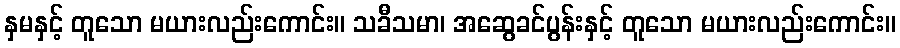
နှမနှင့် တူသော မယားလည်းကောင်း။ သခီသမာ၊ အဆွေခင်ပွန်းနှင့် တူသော မယားလည်းကောင်း။